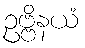
ဥဗ္ဗိနယံ